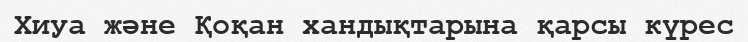
Хиуа және Қоқан хандықтарына қарсы күрес